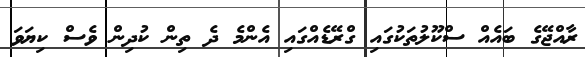
ރާއްޖޭގެ ބައެއް ސްކޫލުތަކުގައި ގްރޭޑެއްގައި އެންމެ ދެ ތިން ކުދިން ވެސް ކިޔަވަ